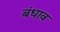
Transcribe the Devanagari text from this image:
बंधाव